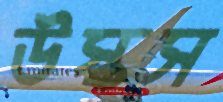
উস্‌কস